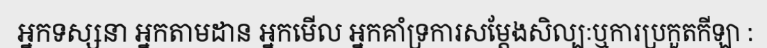
អ្នកទស្សនា អ្នកតាមដាន អ្នកមើល អ្នកគាំទ្រការសម្តែងសិល្បៈឬការប្រកួតកីឡា :